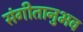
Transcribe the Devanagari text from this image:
संगीतानुभव